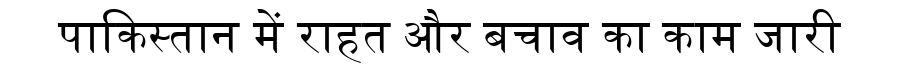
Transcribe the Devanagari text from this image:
पाकिस्तान में राहत और बचाव का काम जारी